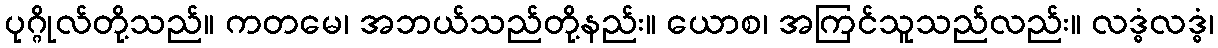
ပုဂ္ဂိုလ်တို့သည်။ ကတမေ၊ အဘယ်သည်တို့နည်း။ ယောစ၊ အကြင်သူသည်လည်း။ လဒ္ဓံလဒ္ဓံ၊